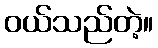
ဝယ်သည်တဲ့။